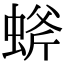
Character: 䗄